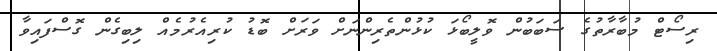
ރިސޯޓް މުބާރާތުގެ ސަބަބުން ވޮލީބޯޅަ ކުޅުންތެރިންނަށް ވަރަށް ބޮޑު ކުރިއެރުމެއް ލިބިގެން ގޮސްފައިވާ